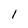
Character: l